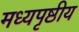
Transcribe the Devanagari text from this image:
मध्यपृष्ठीय